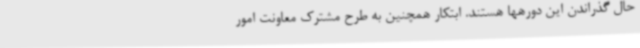
حال گذراندن این دورهها هستند. ابتکار همچنین به طرح مشترک معاونت امور